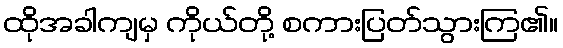
ထိုအခါကျမှ ကိုယ်တို့ စကားပြတ်သွားကြ၏။